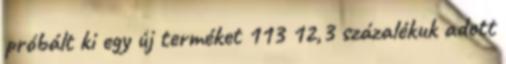
próbált ki egy új terméket 113 12,3 százalékuk adott